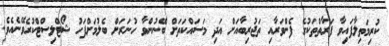
ކުރިމަތިލާފައިވާ ފަރާތްތަކުގެ ފެންވަރާއި ތަޖުރިބާއަށް އަދި މަސައްކަތަށް ބޭނުންވާ ހުނަރަށް ބެލުމަށްފަހު ޝޯޓްލިސްޓްކުރެވޭނެއެވެ.